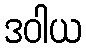
ဒဝါယ